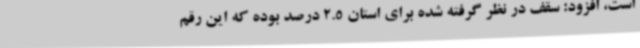
است، افزود: سقف در نظر گرفته شده برای استان 2.5 درصد بوده که این رقم